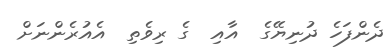
ދެންފަހެ ދުނިޔޭގެ  އާއި  ގެ ރިވެތި  އެއުރެންނަށް